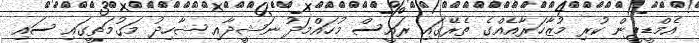
އެމްޑީޕީން ކުރި މުޒާހަރާއެއްގެ ތެރޭގައި ރައީސް މުހައްމަދު ނަޝީދާއި ޝާހިދު މަގުމަތީގައި ސައި